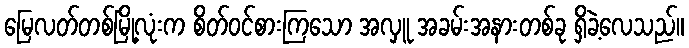
မြေလတ်တစ်မြို့လုံးက စိတ်ဝင်စားကြသော အလှူ အခမ်းအနားတစ်ခု ရှိခဲ့လေသည်။